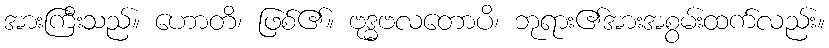
အားကြီးသည်။ ဟောတိ၊ ဖြစ်၏။ ဗုဒ္ဓဗလတောပိ၊ ဘုရား၏အားအစွမ်းထက်လည်း။